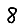
Digit: 8